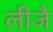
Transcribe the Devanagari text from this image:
लीजै